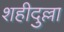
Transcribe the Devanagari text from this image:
शहीदुल्ला